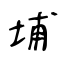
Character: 埔